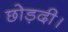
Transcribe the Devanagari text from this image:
छोड़दी।